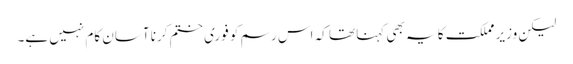
لیکن وزیر مملکت کا یہ بھی کہنا تھا کہ اس رسم کو فوری ختم کرنا آسان کام نہیں ہے۔